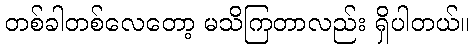
တစ်ခါတစ်လေတော့ မသိကြတာလည်း ရှိပါတယ်။